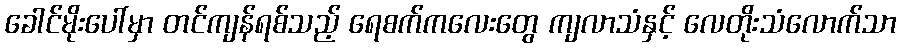
ခေါင်မိုးပေါ်မှာ တင်ကျန်ရစ်သည့် ရေစက်ကလေးတွေ ကျလာသံနှင့် လေတိုးသံလောက်သာ